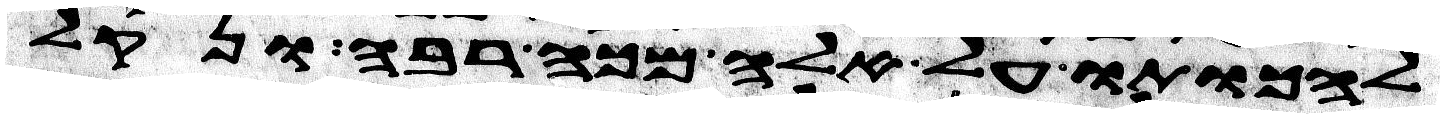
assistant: להכותו על אלה מכה רבה ונקל